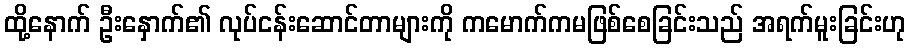
ထို့နောက် ဦးနှောက်၏ လုပ်ငန်းဆောင်တာများကို ကမောက်ကမဖြစ်စေခြင်းသည် အရက်မူးခြင်းဟု